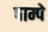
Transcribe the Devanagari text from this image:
पाम्पे